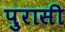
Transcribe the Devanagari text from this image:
पुरासी